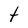
Character: t